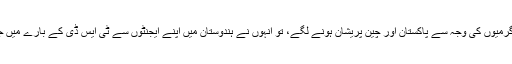
ٹی ایس ڈی کی سرگرمیوں کی وجہ سے پاکستان اور چین پریشان ہونے لگے، تو انہوں نے ہندوستان میں اپنے ایجنٹوں سے ٹی ایس ڈی کے بارے میں جانکاری حاصل کی۔